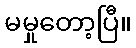
မမှုတော့ပြီ။